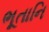
ભૂતાનિ